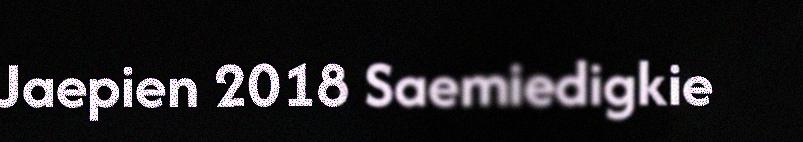
Jaepien 2018 Saemiedigkie